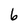
Character: 6